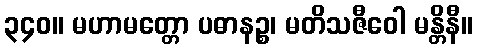
၃၄၀။ မဟာမတ္တော ပဓာနဉ္စ၊ မတိသဇီဝေါ မန္တိနီ။